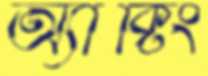
অ্যাক্টিং